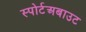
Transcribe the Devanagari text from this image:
स्पोर्टअबाउट